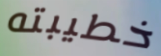
خطيبته